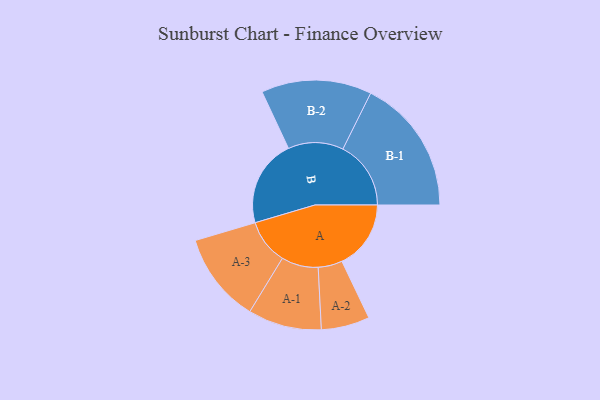
{"axis": {"x": "Segment", "y": "Value"}, "legend": ["", "A", "B"], "data": [{"x": "A", "y": 285, "type": ""}, {"x": "B", "y": 360, "type": ""}, {"x": "A-1", "y": 152, "type": "A"}, {"x": "A-2", "y": 100, "type": "A"}, {"x": "A-3", "y": 186, "type": "A"}, {"x": "B-1", "y": 281, "type": "B"}, {"x": "B-2", "y": 228, "type": "B"}]}